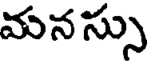
మన స్సు